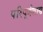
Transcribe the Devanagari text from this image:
परिपूर्णशास्त्र